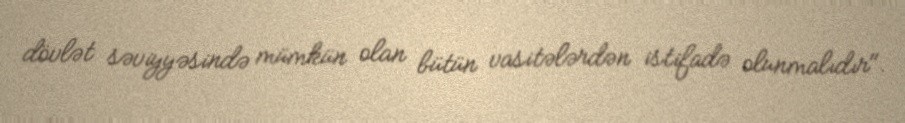
dövlət səviyyəsində mümkün olan bütün vasitələrdən istifadə olunmalıdır".